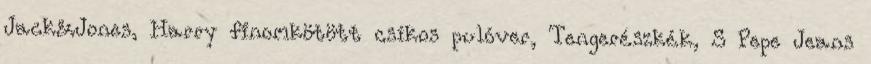
Jack&Jones, Harry finomkötött csíkos pulóver, Tengerészkék, S Pepe Jeans